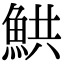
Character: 䱋